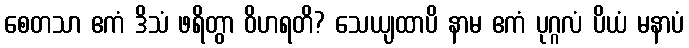
စေတသာ ဧကံ ဒိသံ ဖရိတွာ ဝိဟရတိ? သေယျထာပိ နာမ ဧကံ ပုဂ္ဂလံ ပိယံ မနာပံ